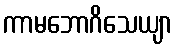
ကာမဘောဂိသေယျာ